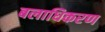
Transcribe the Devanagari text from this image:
बलाधिकरण